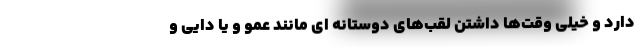
دارد و خیلی وقت‌ها داشتن لقب‌های دوستانه ای مانند عمو و یا دایی و